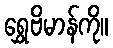
ရွှေဗိမာန်ကို။